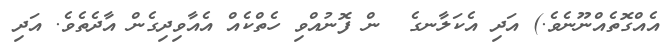
އެއްގޮތެއްނޫނެވެ.) އަދި އެކަލާނގެ  ން ފޮނުއްވި ހެތްކެއް އެއާވިދިގެން އާދެތެވެ. އަދި